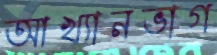
আখ্যানভাগ